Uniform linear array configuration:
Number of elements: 12
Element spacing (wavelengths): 0.25
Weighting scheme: kaiser
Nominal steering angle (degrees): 0
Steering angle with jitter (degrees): -0.8414
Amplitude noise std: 0.05
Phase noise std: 0.05

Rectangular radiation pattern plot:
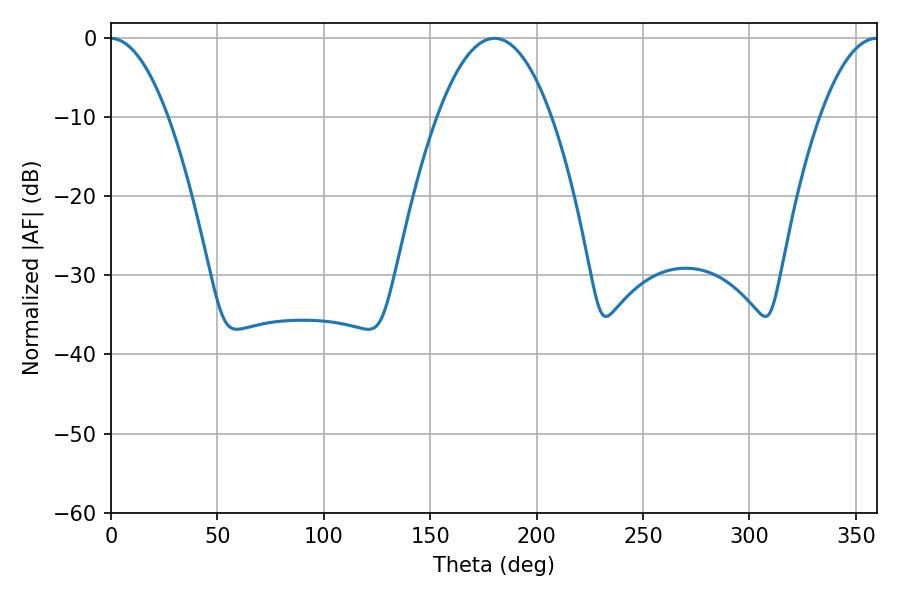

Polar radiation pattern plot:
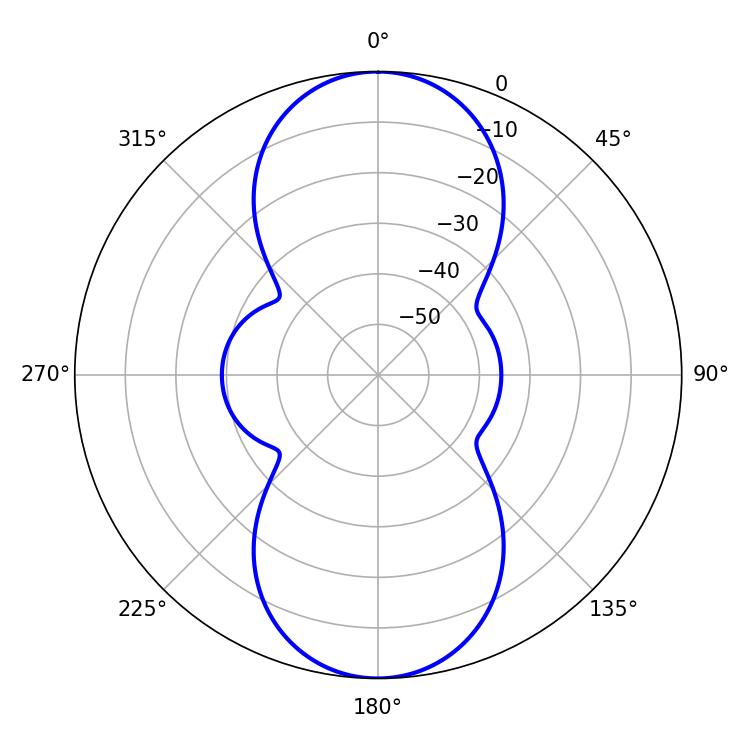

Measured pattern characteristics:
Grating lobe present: FALSE
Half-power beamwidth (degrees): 29.52
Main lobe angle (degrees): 180.18